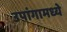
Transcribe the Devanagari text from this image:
उपांगामध्ये